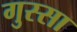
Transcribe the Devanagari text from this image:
गुस्‍सा